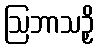
ဩဘာသဉှိ